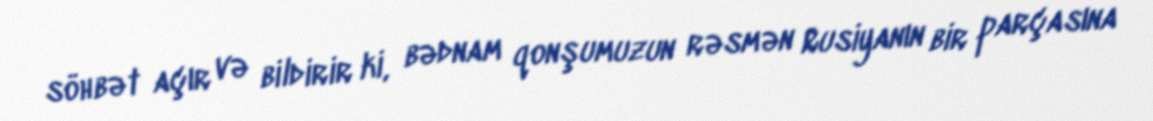
söhbət açır və bildirir ki, bədnam qonşumuzun rəsmən Rusiyanın bir parçasına